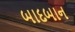
બાદબાન